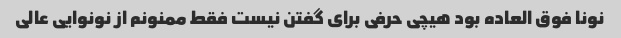
نونا فوق العاده بود هیچی حرفی برای گفتن نیست فقط ممنونم از نونوایی عالی